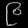
Digit: ၉